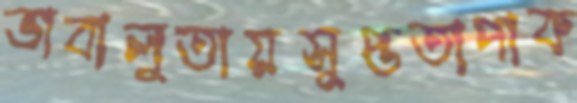
ভাবালুতায়সুপ্ততাপাক